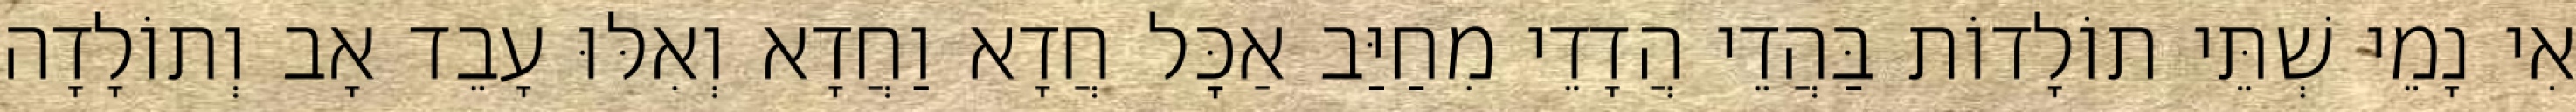
אִי נָמֵי שְׁתֵּי תוֹלָדוֹת בַּהֲדֵי הֲדָדֵי מִחַיַּב אַכׇּל חֲדָא וַחֲדָא וְאִלּוּ עָבֵד אָב וְתוֹלָדָה